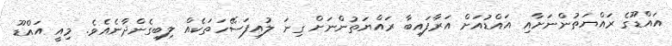
އައްޑޫގެ ރައްޔަތުންނަށާއި އައްޑުއަށް އަރާފައިބާ ރައްޔަތުންނަށް ގިނަ ލުއިފަސޭހަތަކެއް ލިބިގެންދާނެއެވެ. މިއީ އައްޑޫ